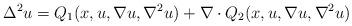
LaTeX: \begin{align*}\Delta^2 u = Q_1(x,u,\nabla u, \nabla^2 u) + \nabla \cdot Q_2(x,u,\nabla u, \nabla^2 u)\end{align*}